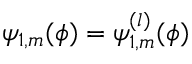
\psi _ { 1 , m } ( \phi ) = \psi _ { 1 , m } ^ { ( l ) } ( \phi )